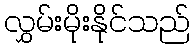
လွှမ်းမိုးနိုင်သည်